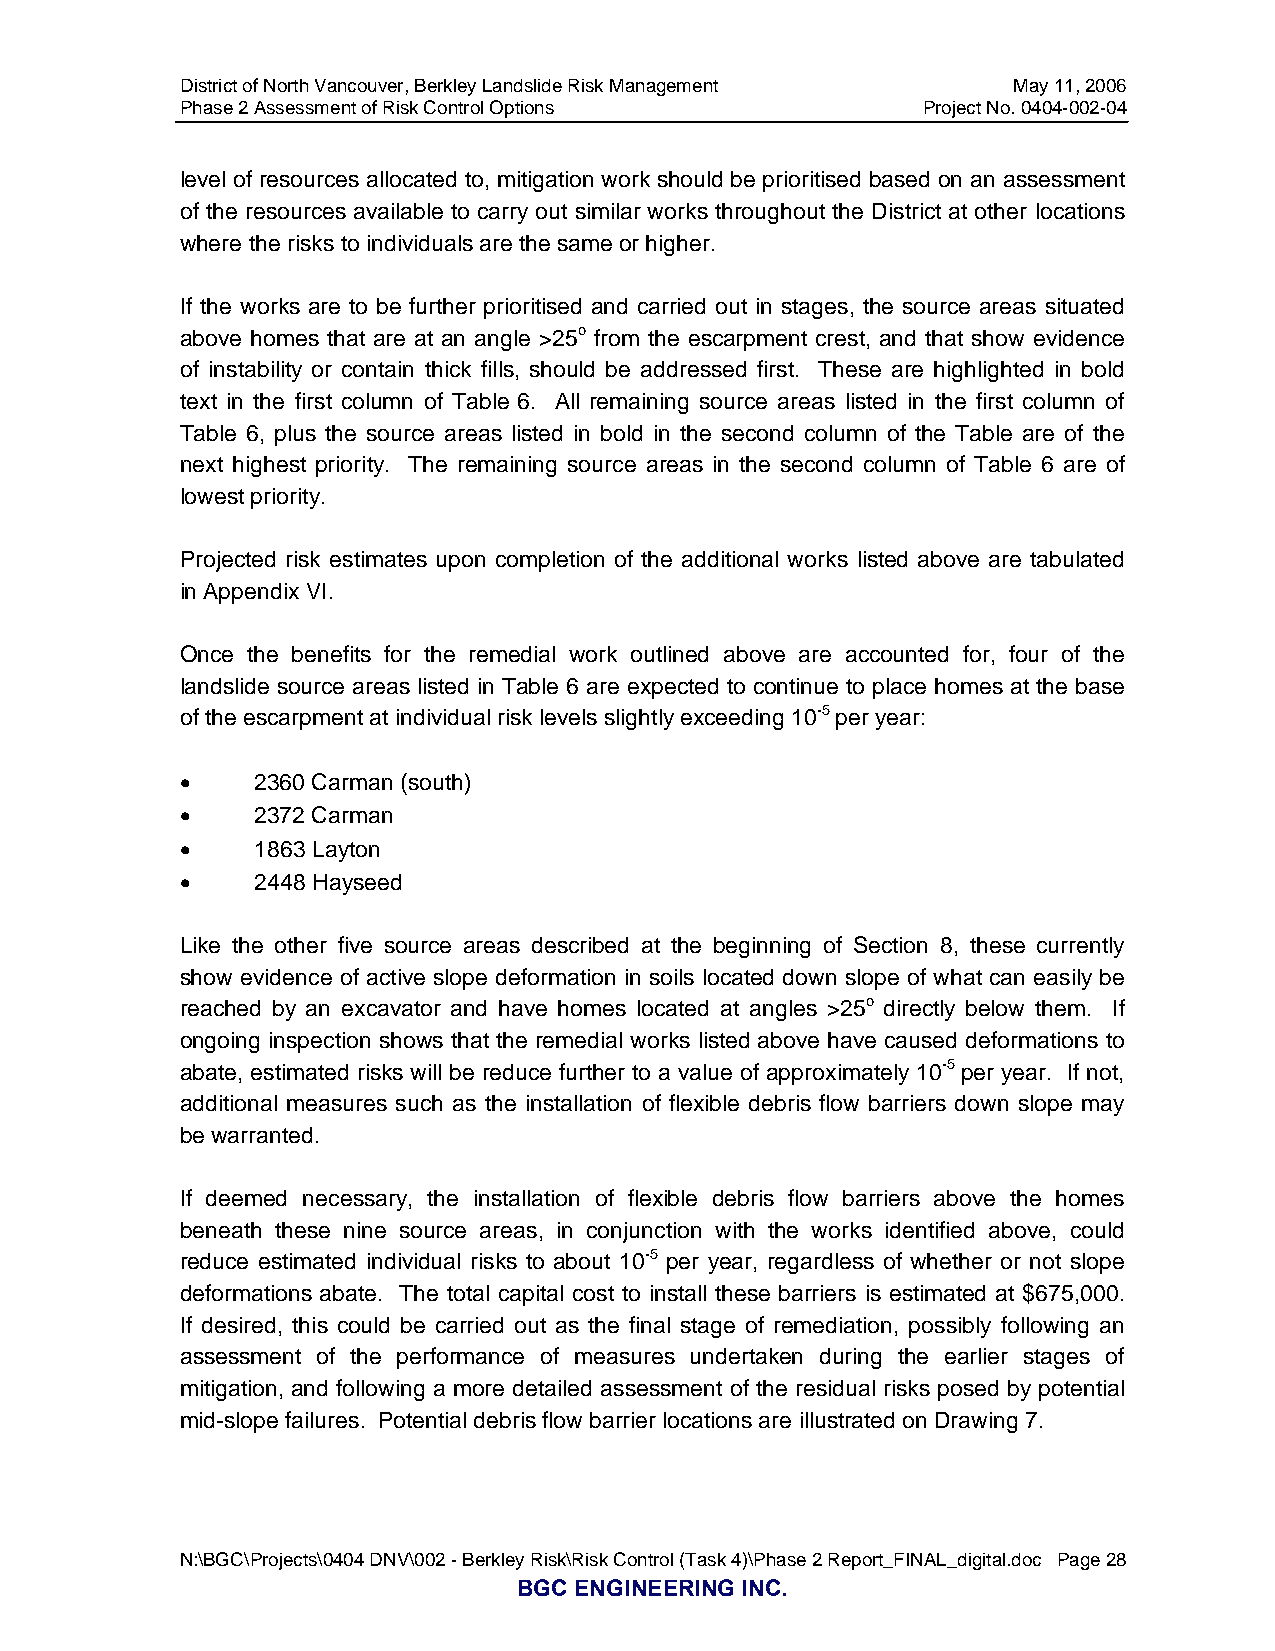
District of North Vancouver, Berkley Landslide Risk Management May 11, 2006
 Phase 2 Assessment of Risk Control Options       Project No. 0404-002-04
 level of resources allocated to, mitigation work should be prioritised based on an assessment
 of the resources available to carry out similar works throughout the District at other locations
 where the risks to individuals are the same or higher.
 If the works are to be further prioritised and carried out in stages, the source areas situated
 above homes that are at an angle >25o from the escarpment crest, and that show evidence
 of instability or contain thick fills, should be addressed first. These are highlighted in bold
 text in the first column of Table 6. All remaining source areas listed in the first column of
 Table 6, plus the source areas listed in bold in the second column of the Table are of the
 next highest priority. The remaining source areas in the second column of Table 6 are of
 lowest priority.
 Projected risk estimates upon completion of the additional works listed above are tabulated
 in Appendix VI.
 Once the benefits for the remedial work outlined above are accounted for, four of the
 landslide source areas listed in Table 6 are expected to continue to place homes at the base
 of the escarpment at individual risk levels slightly exceeding 10-5 per year:
 •    2360 Carman (south)
 •    2372 Carman
 •    1863 Layton
 •    2448 Hayseed
 Like the other five source areas described at the beginning of Section 8, these currently
 show evidence of active slope deformation in soils located down slope of what can easily be
 reached by an excavator and have homes located at angles >25o directly below them. If
 ongoing inspection shows that the remedial works listed above have caused deformations to
 abate, estimated risks will be reduce further to a value of approximately 10-5 per year. If not,
 additional measures such as the installation of flexible debris flow barriers down slope may
 be warranted.
 If deemed necessary, the installation of flexible debris flow barriers above the homes
 beneath these nine source areas, in conjunction with the works identified above, could
 reduce estimated individual risks to about 10-5 per year, regardless of whether or not slope
 deformations abate. The total capital cost to install these barriers is estimated at $675,000.
 If desired, this could be carried out as the final stage of remediation, possibly following an
 assessment of the performance of measures undertaken during the earlier stages of
 mitigation, and following a more detailed assessment of the residual risks posed by potential
 mid-slope failures. Potential debris flow barrier locations are illustrated on Drawing 7.
 N:\BGC\Projects\0404 DNV\002 - Berkley Risk\Risk Control (Task 4)\Phase 2 Report_FINAL_digital.doc Page 28
 BGC ENGINEERING INC.